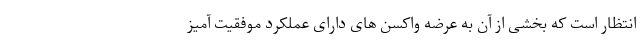
انتظار است که بخشی از آن به عرضه واکسن های دارای عملکرد موفقیت آمیز